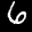
Label: 6